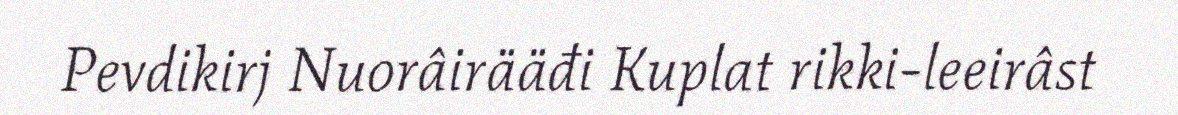
Pevdikirj Nuorâirääđi Kuplat rikki-leeirâst